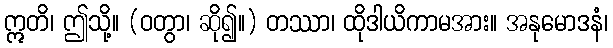
ဣတိ၊ ဤသို့။ (ဝတွာ၊ ဆို၍။) တဿာ၊ ထိုဒါယိကာမအား။ အနုမောဒနံ၊